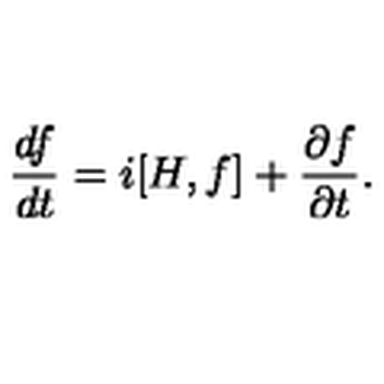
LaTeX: \frac { d f } { d t } = i [ H , f ] + \frac { \partial f } { \partial t } .